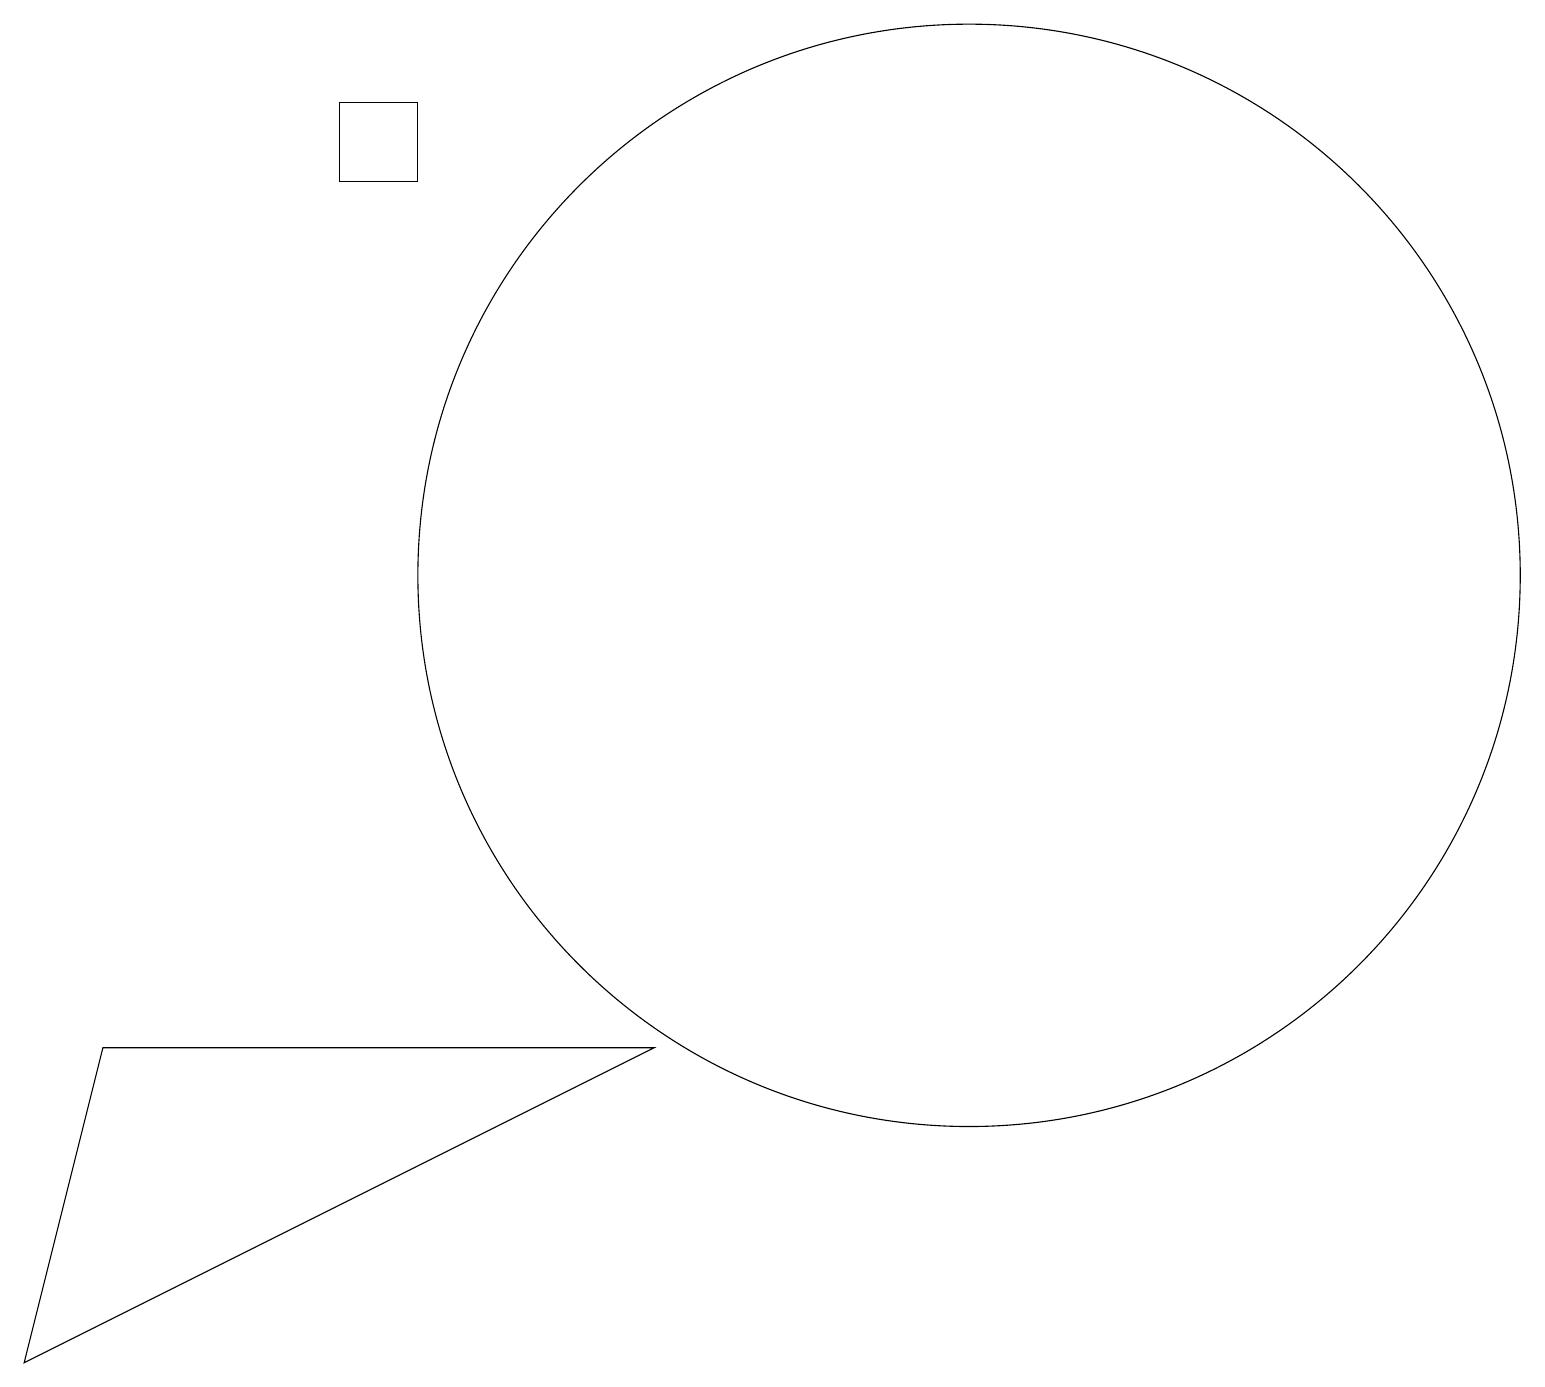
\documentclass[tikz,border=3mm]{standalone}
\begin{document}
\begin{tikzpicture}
\draw (1,5) -- (0,1) -- (8,5) -- cycle;
\draw (4,16) rectangle (5,17);
\draw (12,11) circle (7);
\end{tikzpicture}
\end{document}